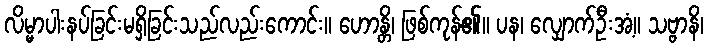
လိမ္မာပါးနပ်ခြင်းမရှိခြင်းသည်လည်းကောင်း။ ဟောန္တိ၊ ဖြစ်ကုန်၏။ ပန၊ လျှောက်ဦးအံ့။ သဗ္ဗာနိ၊